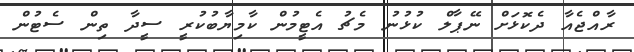
ރާއްޖެއާ ދެކޮޅަށް ނޭޕާލް ކުޅުނު މެޗު އެޓީމުން ކާމިޔާބުކުރީ ސީދާ ތިން ސެޓުން